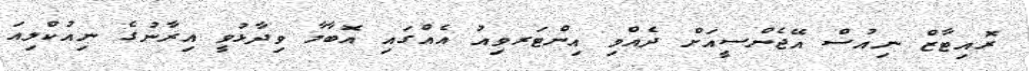
ރޮއިޓާޒް ނިއުސް އޭޖެންސީއަށް ދެއްވި އިންޓަރވިއު އެއްގައި އޮބާމާ ވިދާޅުވީ އިރާނުގެ ނިއުކްލިއަ